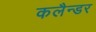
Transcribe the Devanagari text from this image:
कलैन्डर